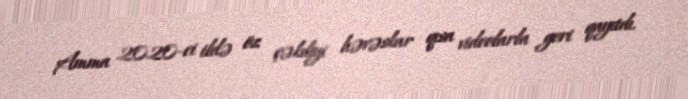
Amma 2020-ci ildə öz çəkdiyi həvəskar qısa videolarla geri qayıtdı.